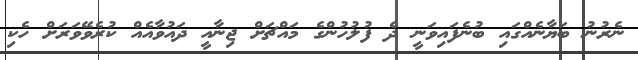
ނެރުނު ބަޔާނެއްގައި ބުނެފައިވަނީ ދެ ފުލުހުންގެ މައްޗަށް ޖިނާއީ ދައުވާއެއް ކުރެވޭވަރަށް ހެކި